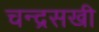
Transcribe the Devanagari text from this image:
चन्द्रसखी